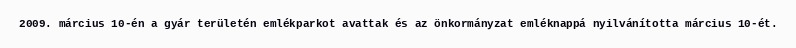
2009. március 10-én a gyár területén emlékparkot avattak és az önkormányzat emléknappá nyilvánította március 10-ét.